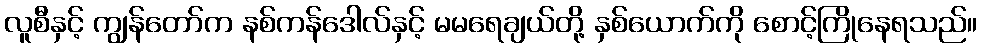
လူစီနှင့် ကျွန်တော်က နစ်ကန်ဒေါလ်နှင့် မမရေချယ်တို့ နှစ်ယောက်ကို စောင့်ကြိုနေရသည်။